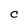
Character: C